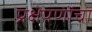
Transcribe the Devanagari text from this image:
प्रक्षेपणांचा